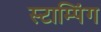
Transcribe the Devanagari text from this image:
स्टाम्पिंग